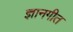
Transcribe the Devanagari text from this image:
ज्ञानगीत